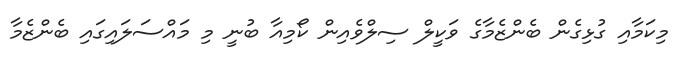
މިކަމާއި ގުޅިގެން ބެންޒެމާގެ ވަކީލް ސިލްވެއިން ކޯމިއާ ބުނީ މި މައްސަލައިގައި ބެންޒެމާ